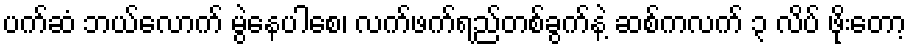
ပက်ဆံ ဘယ်လောက် မွဲနေပါစေ၊ လက်ဖက်ရည်တစ်ခွက်နဲ့ ဆစ်ကလက် ၃ လိပ် ဖိုးတော့